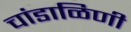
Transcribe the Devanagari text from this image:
चांडाळिणी